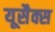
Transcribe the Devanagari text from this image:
यूसैक्स